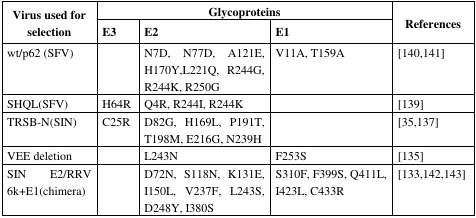
| <ROWSPAN=2> Virus used for selection | <COLSPAN=3> Glycoproteins | <ROWSPAN=2> References |
 | E3 | E2 | E1 |
 | --- | --- | --- | --- | --- |
 | wt/p62 (SFV) |  | N7D, N77D, A121E, H170Y, L221Q, R244G, R244K, R250G | V11A, T159A | [140,141] |
 | SHQL(SFV) | H64R | Q4R, R244I, R244K |  | [139] |
 | TRSB-N(SIN) | C25R | D82G, H169L, P191T, T198M, E216gG, N239H |  | [35,137] |
 | VEE deletion |  | L243N | F253S | [135] |
 | SIN E2/RRV 6k+E1(chimera) |  | D72N, S118N, K131E, I150L, V237F, L243S, D248Y, I380S | S310F, F399S, Q411L, I423L, C433R | [133,142,143] |